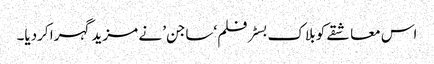
اس معاشقے کو بلاک بسٹر فلم ‘ساجن’ نے مزید گہرا کردیا۔